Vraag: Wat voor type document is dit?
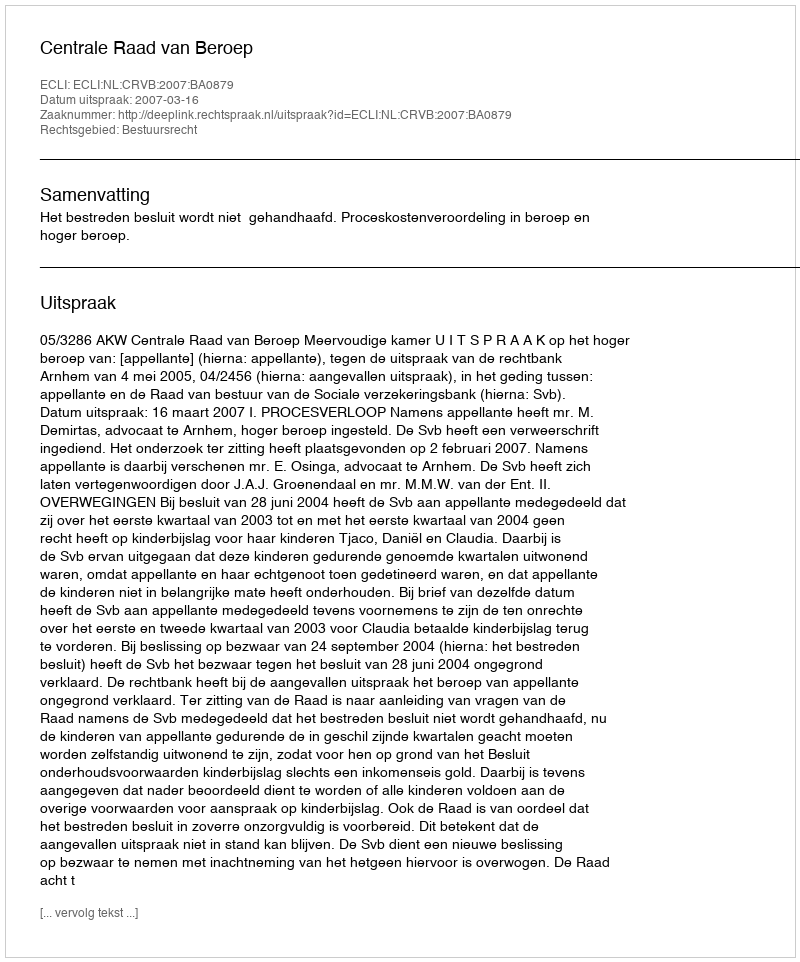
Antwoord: Uitspraak